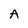
Character: A